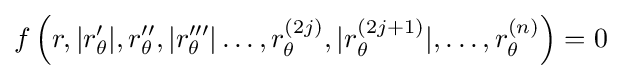
f\left(r,|r'_{\theta }|,r''_{\theta },|r'''_{\theta }|\dots ,r_{\theta }^{(2j)},|r_{\theta }^{(2j+1)}|,\dots ,r_{\theta }^{(n)}\right)=0